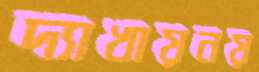
দ্যাখায়নয়